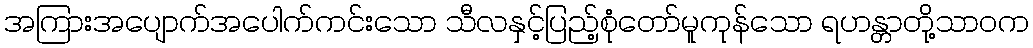
အကြားအပျောက်အပေါက်ကင်းသော သီလနှင့်ပြည့်စုံတော်မူကုန်သော ရဟန္တာတို့သာဝက